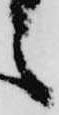
之